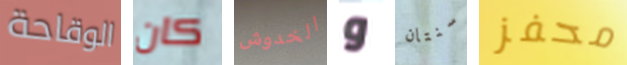
الوقاحة كان الخدوش و سنتان محفز